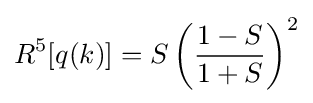
R^{5}[q(k)]=S\left({\frac {1-S}{1+S}}\right)^{2}